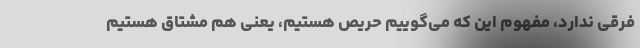
فرقی ندارد، مفهوم این که می‌گوییم حریص هستیم، یعنی هم مشتاق هستیم